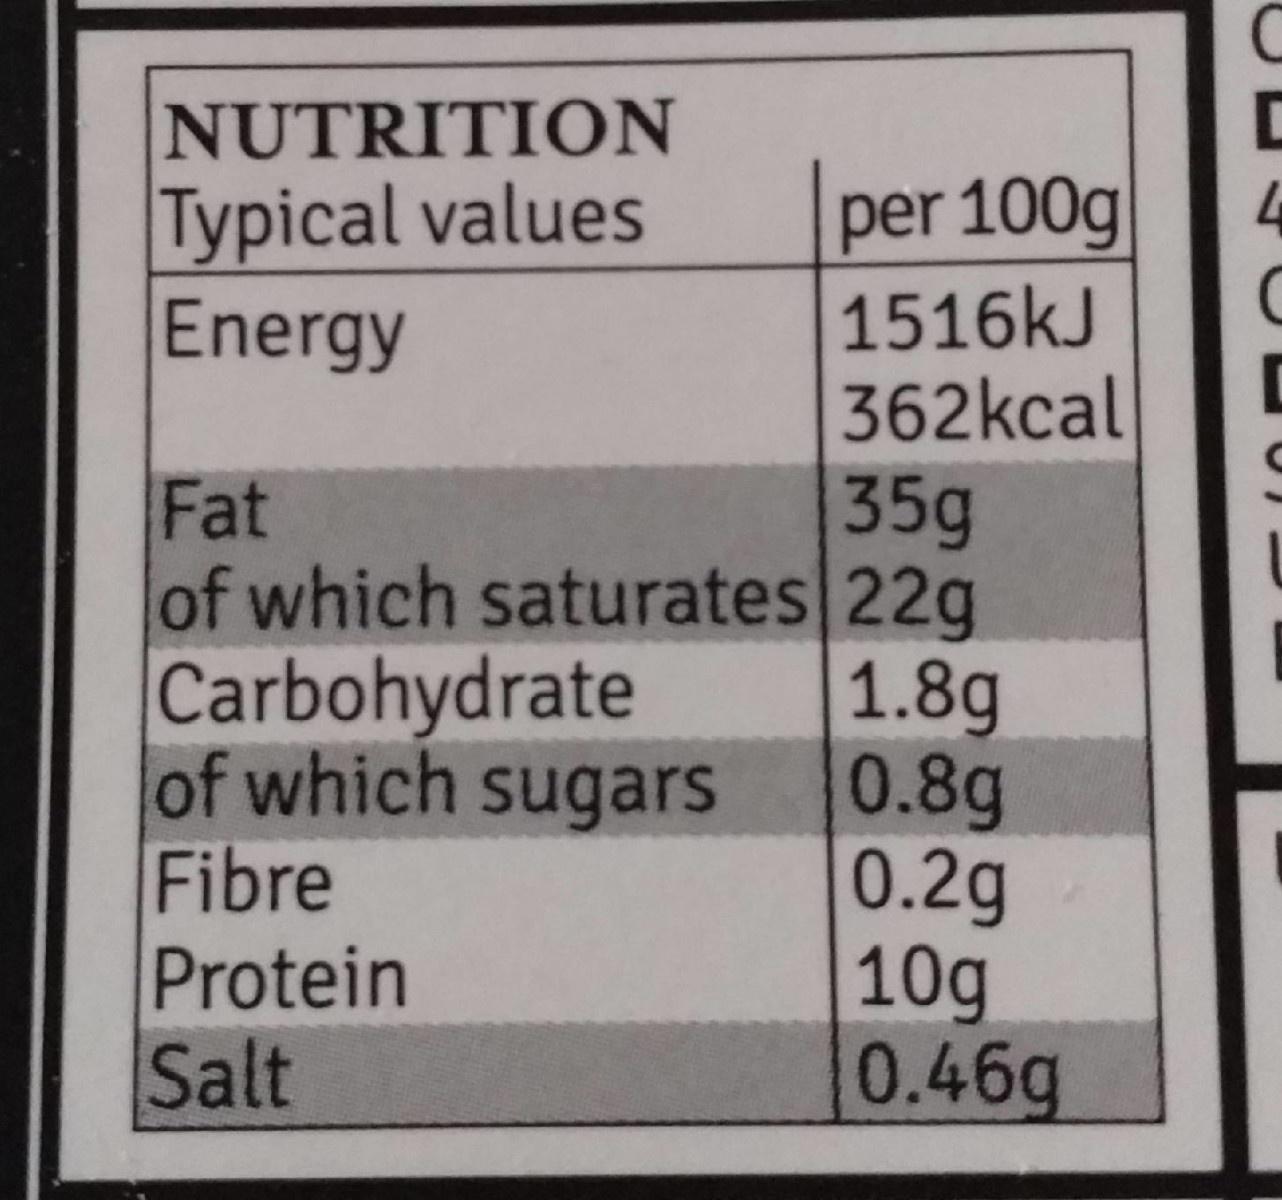
NUTRITION
Typical values Energy
per 100g
1516kJ 362kcal
35g
Fat of which saturates 22g Carbohydrate of which sugars Fibre Protein Salt
1.8g 0.8g 0.2g 10g 0.46g